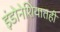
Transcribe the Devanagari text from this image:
इंडोनेशियातही